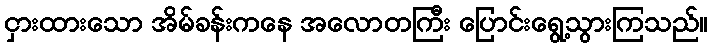
ငှားထားသော အိမ်ခန်းကနေ အလောတကြီး ပြောင်းရွေ့သွားကြသည်။